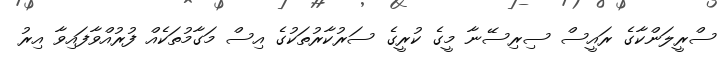
ސްރީލަންކާގެ ރައީސް ސިރިސޭނާ މީގެ ކުރީގެ ސަރުކާރުތަކުގެ އިސް މަގާމުތަކެއް ފުރުއްވާފައިވާ އިރު